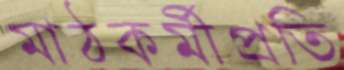
মাঠকর্মীপ্রতি